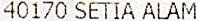
40170 SETIA ALAM